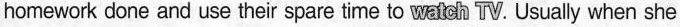
homework done and use their spare time to wandh TV. Usually when she